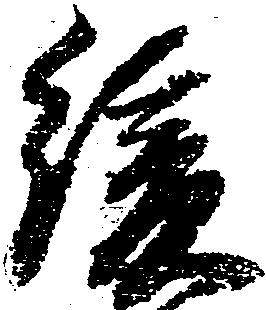
緩